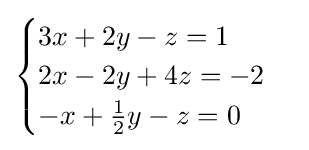
{\begin{cases}3x+2y-z=1\\2x-2y+4z=-2\\-x+{\frac {1}{2}}y-z=0\end{cases}}